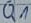
Text: Q1